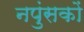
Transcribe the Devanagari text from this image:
नपुंसकों